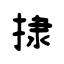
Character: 捸